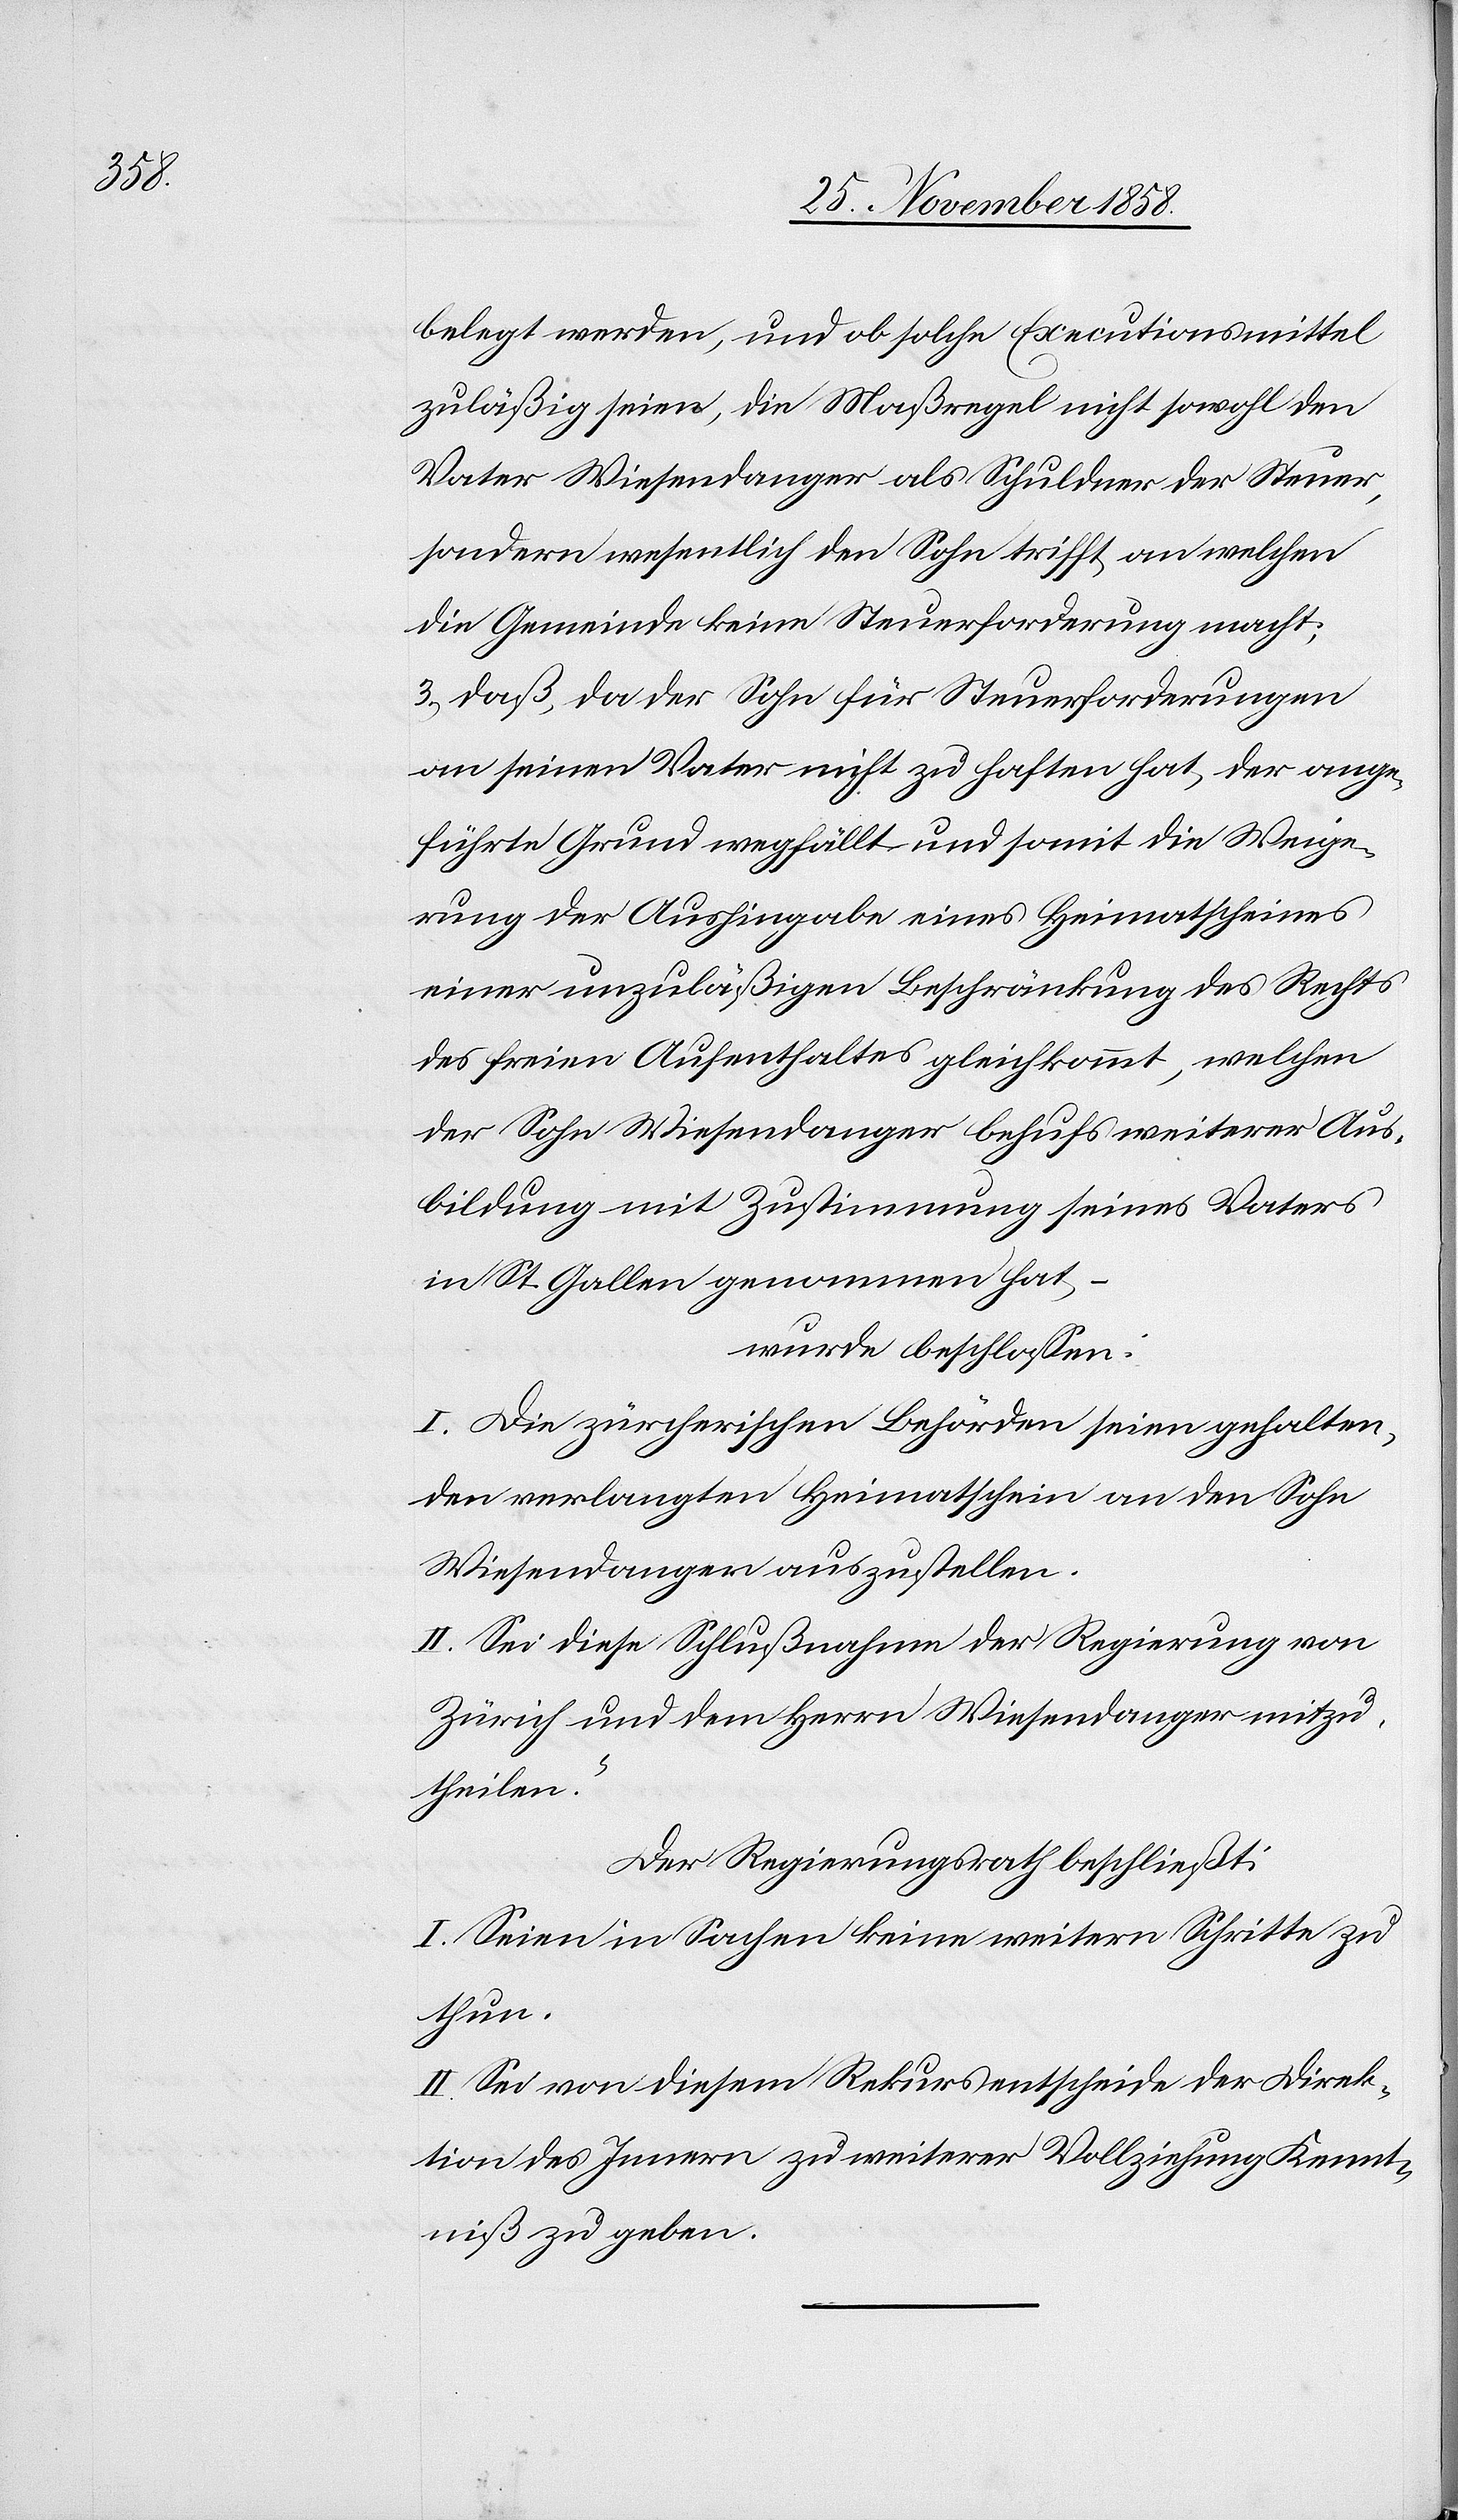
belegt werden, und ob solche Executionsmittel
zuläßig seien, die Maßregel nicht sowohl den
Vater Wiesendanger als Schuldner der Steuer,
sondern wesentlich den Sohn trifft, an welchen
die Gemeinde keine Steuerforderung macht;
3.) daß, da der Sohn für Steuerforderungen
an seinen Vater nicht zu haften hat, der ange¬
führte Grund wegfällt und somit die Weige¬
rung der Aushingabe eines Heimatscheines
einer unzuläßigen Beschränkung des Rechts
des freien Aufenthaltes gleichkommt, welchen
der Sohn Wiesendanger behufs weiterer Aus¬
bildung mit Zustimmung seines Vaters
in St. Gallen genommen hat, –
wurde beschlossen:
I. Die zürcherischen Behörden seien gehalten,
den verlangten Heimatschein an den Sohn
Wiesendanger auszustellen.
II. Sei diese Schlußnahme der Regierung von
Zürich und dem Herrn Wiesendanger mitzu¬
theilen.“
Der Regierungsrath beschließt:
I. Seien in Sachen keine weitern Schritte zu
thun.
II. Sei von diesem Rekursentscheide der Direk¬
tion des Innern zu weiterer Vollziehung Kennt¬
niß zu geben.